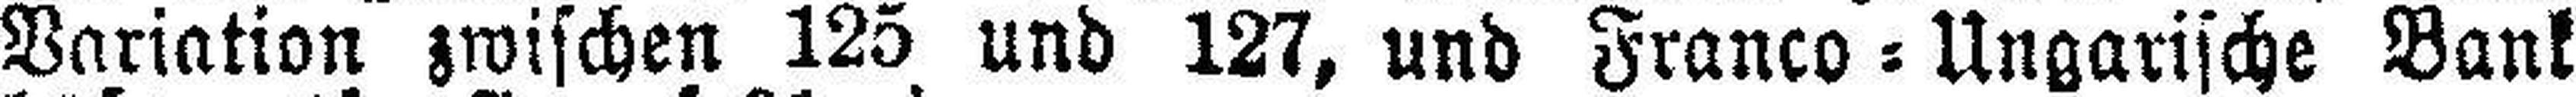
Variation zwischen 125 und 127, und Franco = Ungarische Bank